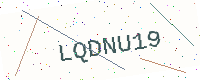
Text: LQDNU19